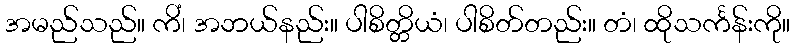
အမည်သည်။ ကိံ၊ အဘယ်နည်း။ ပါစိတ္တိယံ၊ ပါစိတ်တည်း။ တံ၊ ထိုသင်္ကန်းကို။